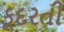
કૂદરતી